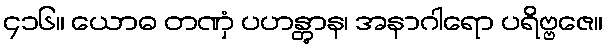
၄၁၆။ ယောဓ တဏှံ ပဟန္တွာန၊ အနာဂါရော ပရိဗ္ဗဇေ။